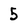
Character: 5